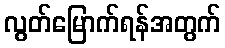
လွတ်မြောက်ရန်အတွက်